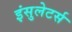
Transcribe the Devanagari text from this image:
इंसुलेटर्स